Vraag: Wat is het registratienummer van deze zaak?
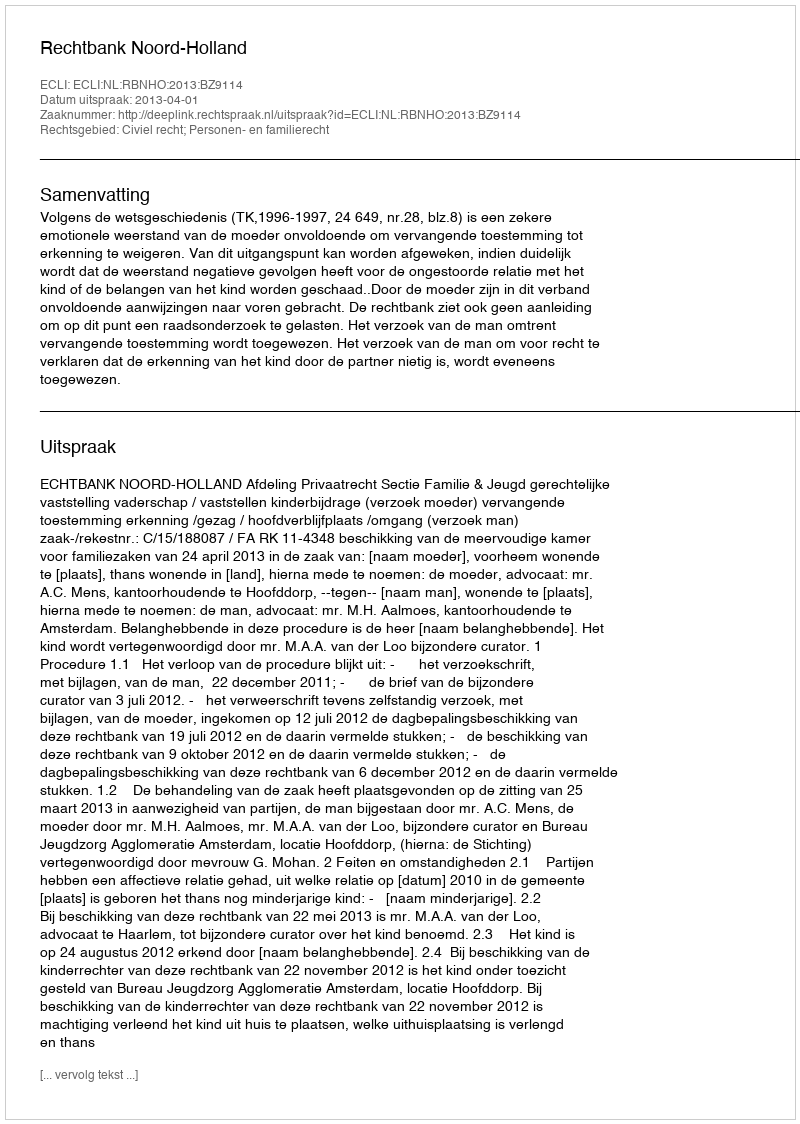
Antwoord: http://deeplink.rechtspraak.nl/uitspraak?id=ECLI:NL:RBNHO:2013:BZ9114